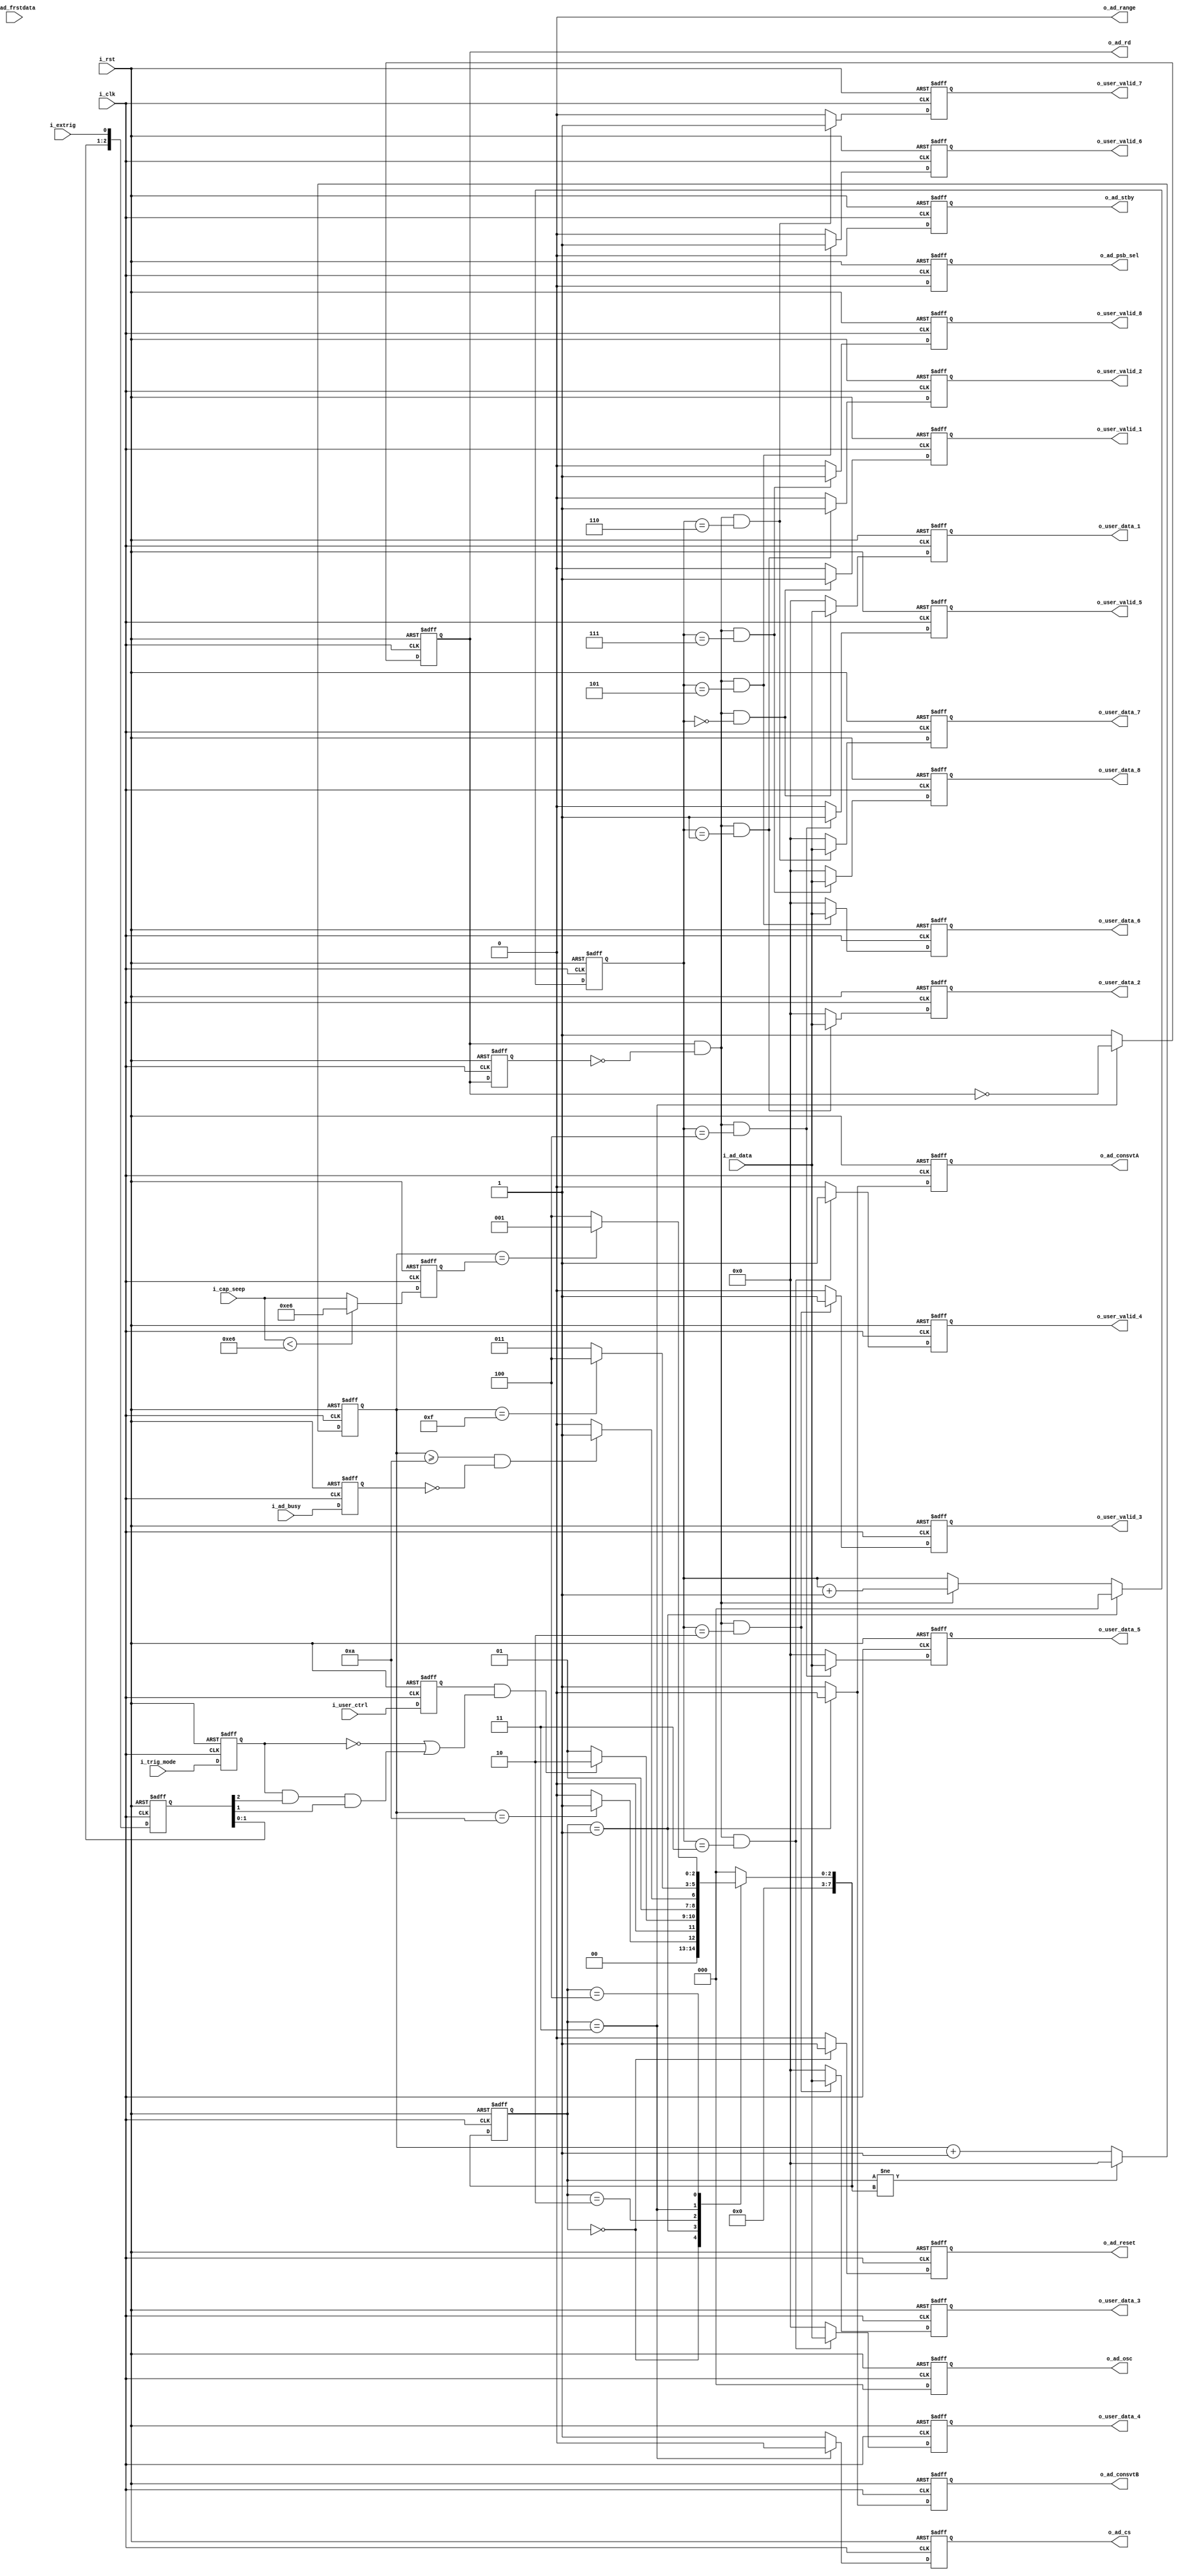
`timescale 1ns / 1ps
//////////////////////////////////////////////////////////////////////////////////
// Company: 
// Engineer: 
// 
// Design Name: 
// Module Name: AD7606_Drive
// Project Name: 
// Target Devices: 
// Tool Versions: 
// Description: 
// 
// Dependencies: 
// 
// Revision:
// Revision 0.01 - File Created
// Additional Comments:
// 
//////////////////////////////////////////////////////////////////////////////////


module AD7606_Drive#(
    parameter       P_RANGE =   0   
)(
    input           i_clk           ,//50MHZ
    input           i_rst           ,

    /*----------------*/
    input           i_extrig        ,
    input           i_trig_mode     ,
    input  [23:0]   i_cap_seep      ,
    input           i_user_ctrl     ,
    output [15:0]   o_user_data_1   ,
    output          o_user_valid_1  ,
    output [15:0]   o_user_data_2   ,
    output          o_user_valid_2  ,
    output [15:0]   o_user_data_3   ,
    output          o_user_valid_3  ,
    output [15:0]   o_user_data_4   ,
    output          o_user_valid_4  ,
    output [15:0]   o_user_data_5   ,
    output          o_user_valid_5  ,
    output [15:0]   o_user_data_6   ,
    output          o_user_valid_6  ,
    output [15:0]   o_user_data_7   ,
    output          o_user_valid_7  ,
    output [15:0]   o_user_data_8   ,
    output          o_user_valid_8  ,

    
    /*--------ADC--------*/
    output          o_ad_psb_sel    ,
    output          o_ad_stby       ,
    output          o_ad_range      ,
    output [2:0]    o_ad_osc        ,
    output          o_ad_reset      ,
    output          o_ad_consvtA    ,
    output          o_ad_consvtB    ,
    output          o_ad_cs         ,
    output          o_ad_rd         ,
    input           i_ad_busy       ,
    input           i_ad_frstdata   ,
    input  [15:0]   i_ad_data       
);

/***************function**************/

/***************parameter*************/
localparam          P_ST_RESET  = 0 ,
                    P_ST_CONSVT = 1 ,
                    P_ST_BUSY   = 2 ,
                    P_ST_READ   = 3 ,
                    P_ST_WAIT   = 4 ;

/***************port******************/             

/***************mechine***************/
reg  [7 :0]         r_st_current    ;
reg  [7 :0]         r_st_next       ;
reg  [15:0]         r_st_cnt        ;

/***************reg*******************/
reg                 ro_ad_psb_sel   ;
reg                 ro_ad_stby      ;
reg  [2:0]          ro_ad_osc       ;
reg                 ro_ad_reset     ;
reg                 ro_ad_consvtA   ;
reg                 ro_ad_consvtB   ;
reg                 ro_ad_cs        ;
reg                 ro_ad_rd        ;
reg                 ri_ad_busy      ;
// reg                 ri_ad_frstdata  ;
// reg  [15:0]         ri_ad_data      ;
reg                 ro_ad_rd_1d     ;
reg  [2 :0]         ro_user_channel ;  
reg                 ri_user_ctrl    ;
reg  [15:0]         ro_user_data_1  ;
reg                 ro_user_valid_1 ;
reg  [15:0]         ro_user_data_2  ;
reg                 ro_user_valid_2 ;
reg  [15:0]         ro_user_data_3  ;
reg                 ro_user_valid_3 ;
reg  [15:0]         ro_user_data_4  ;
reg                 ro_user_valid_4 ;
reg  [15:0]         ro_user_data_5  ;
reg                 ro_user_valid_5 ;
reg  [15:0]         ro_user_data_6  ;
reg                 ro_user_valid_6 ;
reg  [15:0]         ro_user_data_7  ;
reg                 ro_user_valid_7 ;
reg  [15:0]         ro_user_data_8  ;
reg                 ro_user_valid_8 ;
reg  [23:0]         ri_cap_seep     ;
reg  [2 :0]         ri_extrig       ;
reg                 ri_trig_mode    ;
/***************wire******************/

/***************component*************/

/***************assign****************/
assign o_ad_psb_sel     = ro_ad_psb_sel     ;
assign o_ad_stby        = ro_ad_stby        ;
assign o_ad_osc         = ro_ad_osc         ;
assign o_ad_reset       = ro_ad_reset       ;
assign o_ad_consvtA     = ro_ad_consvtA     ;
assign o_ad_consvtB     = ro_ad_consvtB     ;
assign o_ad_cs          = ro_ad_cs          ;
assign o_ad_rd          = ro_ad_rd          ;
assign o_user_data_1    = ro_user_data_1    ;
assign o_user_valid_1   = ro_user_valid_1   ;
assign o_user_data_2    = ro_user_data_2    ;
assign o_user_valid_2   = ro_user_valid_2   ;
assign o_user_data_3    = ro_user_data_3    ;
assign o_user_valid_3   = ro_user_valid_3   ;
assign o_user_data_4    = ro_user_data_4    ;
assign o_user_valid_4   = ro_user_valid_4   ;
assign o_user_data_5    = ro_user_data_5    ;
assign o_user_valid_5   = ro_user_valid_5   ;
assign o_user_data_6    = ro_user_data_6    ;
assign o_user_valid_6   = ro_user_valid_6   ;
assign o_user_data_7    = ro_user_data_7    ;
assign o_user_valid_7   = ro_user_valid_7   ;
assign o_user_data_8    = ro_user_data_8    ;
assign o_user_valid_8   = ro_user_valid_8   ;
assign o_ad_range       = P_RANGE           ;
/***************always****************/   
always@(posedge i_clk,posedge i_rst)
begin
    if(i_rst)
        r_st_current <= P_ST_RESET;
    else    
        r_st_current <= r_st_next;
end

always@(*)
begin
   case(r_st_current)
        P_ST_RESET  : r_st_next = r_st_cnt == 10                ? P_ST_CONSVT   :  P_ST_RESET   ;
        P_ST_CONSVT : r_st_next = ri_user_ctrl &((!ri_trig_mode) || (ri_trig_mode && ri_extrig[2] && ri_extrig[1]) )
                                  ? P_ST_BUSY     : P_ST_CONSVT   ;
        P_ST_BUSY   : r_st_next = r_st_cnt >= 10 & !ri_ad_busy  ? P_ST_READ     : P_ST_BUSY     ;
        P_ST_READ   : r_st_next = r_st_cnt == 15                ? P_ST_WAIT     : P_ST_READ     ;
        P_ST_WAIT   : r_st_next = r_st_cnt == ri_cap_seep       ? P_ST_CONSVT   : P_ST_WAIT     ;
        default     : r_st_next = P_ST_RESET;
   endcase 
end


always@(posedge i_clk,posedge i_rst)
begin
    if(i_rst)
        ri_extrig <= 'd0;
    else
        ri_extrig <= {ri_extrig[2:0],i_extrig};
end

always@(posedge i_clk,posedge i_rst)
begin
    if(i_rst)
        ri_trig_mode <= 'd0;
    else
        ri_trig_mode <= i_trig_mode;
end

always@(posedge i_clk,posedge i_rst)
begin
    if(i_rst)
        ri_cap_seep <= 'd0;
    else if(i_cap_seep < 230)
        ri_cap_seep <= 230;
    else 
        ri_cap_seep <= i_cap_seep;

end

always@(posedge i_clk,posedge i_rst)
begin
    if(i_rst)
        r_st_cnt <= 'd0;
    else if(r_st_current != r_st_next)
        r_st_cnt <= 'd0;
    else
        r_st_cnt <= r_st_cnt + 1;
end

//AD7606
always@(posedge i_clk,posedge i_rst)
begin
    if(i_rst)
        ri_user_ctrl <= 'd0;
    else    
        ri_user_ctrl <= i_user_ctrl;
end

//
always@(posedge i_clk,posedge i_rst)
begin
    if(i_rst)
        ro_ad_psb_sel <= 'd0;
    else    
        ro_ad_psb_sel <= 'd0;
end

//
always@(posedge i_clk,posedge i_rst)
begin
    if(i_rst)
        ro_ad_stby <= 'd0;
    else    
        ro_ad_stby <= 'd0;
end

//AD7606
always@(posedge i_clk,posedge i_rst)
begin
    if(i_rst) begin
        ri_ad_busy     <= 'd0;
    end else begin    
        ri_ad_busy     <= i_ad_busy;
    end
end

//
always@(posedge i_clk,posedge i_rst)
begin
    if(i_rst)
        ro_ad_osc <= 'd0;
    else 
        ro_ad_osc <= 'd0;
end

//
always@(posedge i_clk,posedge i_rst)
begin
    if(i_rst)
        ro_ad_reset <= 'd1;
    else if(r_st_current == P_ST_RESET)
        ro_ad_reset <= 'd1;
    else    
        ro_ad_reset <= 'd0;
end

//1~4 
always@(posedge i_clk,posedge i_rst)
begin
    if(i_rst)
        ro_ad_consvtA <= 'd1;
    else if(r_st_current == P_ST_CONSVT)
        ro_ad_consvtA <= 'd0;
    else    
        ro_ad_consvtA <= 'd1;
end

//5~8 
always@(posedge i_clk,posedge i_rst)
begin
    if(i_rst)
        ro_ad_consvtB <= 'd1;
    else if(r_st_current == P_ST_CONSVT)
        ro_ad_consvtB <= 'd0;
    else    
        ro_ad_consvtB <= 'd1;
end

//
always@(posedge i_clk,posedge i_rst)
begin
    if(i_rst)
        ro_ad_cs <= 'd1;
    else if(r_st_current == P_ST_READ)
        ro_ad_cs <= 'd0; 
    else    
        ro_ad_cs <= 'd1;
end

//
always@(posedge i_clk,posedge i_rst)
begin
    if(i_rst)
        ro_ad_rd <= 'd1;
    else if(r_st_current == P_ST_READ)
        ro_ad_rd <= ~ro_ad_rd; 
    else    
        ro_ad_rd <= 'd1;
end
        
//1
always@(posedge i_clk,posedge i_rst)
begin
    if(i_rst)
        ro_ad_rd_1d <= 'd1;
    else        
        ro_ad_rd_1d <= ro_ad_rd;
end

//
// always@(posedge i_clk,posedge i_rst)
// begin
//     if(i_rst)
//         ri_ad_data     <= 'd0;
//     else if(ro_ad_rd && !ro_ad_rd_1d)
//         ri_ad_data     <= i_ad_data ; 
//     else 
//         ri_ad_data     <= ri_ad_data;
// end

// //
// always@(posedge i_clk,posedge i_rst)
// begin
//     if(i_rst)
//         ri_ad_frstdata <= 'd0;
//     else if(ro_ad_rd && !ro_ad_rd_1d)
//         ri_ad_frstdata <= i_ad_frstdata;
//     else 
//         ri_ad_frstdata <= 'd0;
// end

//
always@(posedge i_clk,posedge i_rst)
begin
    if(i_rst)
        ro_user_channel <= 'd0;
    else if(r_st_current == P_ST_CONSVT)
        ro_user_channel <= 'd0;
    else if(ro_ad_rd && !ro_ad_rd_1d)
        ro_user_channel <= ro_user_channel + 1;
    else 
        ro_user_channel <= ro_user_channel;
end

always@(posedge i_clk,posedge i_rst)
begin
    if(i_rst)
        ro_user_data_1 <= 'd0;
    else if(ro_ad_rd && !ro_ad_rd_1d && ro_user_channel == 0)
        ro_user_data_1 <= i_ad_data;
    else    
        ro_user_data_1 <= 'd0;
end

always@(posedge i_clk,posedge i_rst)
begin
    if(i_rst)
        ro_user_data_2 <= 'd0;
    else if(ro_ad_rd && !ro_ad_rd_1d && ro_user_channel == 1)
        ro_user_data_2 <= i_ad_data;
    else    
        ro_user_data_2 <= 'd0;
end

always@(posedge i_clk,posedge i_rst)
begin
    if(i_rst)
        ro_user_data_3 <= 'd0;
    else if(ro_ad_rd && !ro_ad_rd_1d && ro_user_channel == 2)
        ro_user_data_3 <= i_ad_data;
    else    
        ro_user_data_3 <= 'd0;
end

always@(posedge i_clk,posedge i_rst)
begin
    if(i_rst)
        ro_user_data_4 <= 'd0;
    else if(ro_ad_rd && !ro_ad_rd_1d && ro_user_channel == 3)
        ro_user_data_4 <= i_ad_data;
    else    
        ro_user_data_4 <= 'd0;
end

always@(posedge i_clk,posedge i_rst)
begin
    if(i_rst)
        ro_user_data_5 <= 'd0;
    else if(ro_ad_rd && !ro_ad_rd_1d && ro_user_channel == 4)
        ro_user_data_5 <= i_ad_data;
    else    
        ro_user_data_5 <= 'd0;
end

always@(posedge i_clk,posedge i_rst)
begin
    if(i_rst)
        ro_user_data_6 <= 'd0;
    else if(ro_ad_rd && !ro_ad_rd_1d && ro_user_channel == 5)
        ro_user_data_6 <= i_ad_data;
    else    
        ro_user_data_6 <= 'd0;
end

always@(posedge i_clk,posedge i_rst)
begin
    if(i_rst)
        ro_user_data_7 <= 'd0;
    else if(ro_ad_rd && !ro_ad_rd_1d && ro_user_channel == 6)
        ro_user_data_7 <= i_ad_data;
    else    
        ro_user_data_7 <= 'd0;
end

always@(posedge i_clk,posedge i_rst)
begin
    if(i_rst)
        ro_user_data_8 <= 'd0;
    else if(ro_ad_rd && !ro_ad_rd_1d && ro_user_channel == 7)
        ro_user_data_8 <= i_ad_data;
    else    
        ro_user_data_8 <= 'd0;
end

always@(posedge i_clk,posedge i_rst)
begin
    if(i_rst)
        ro_user_valid_1 <= 'd0;
    else if(ro_ad_rd && !ro_ad_rd_1d && ro_user_channel == 0)
        ro_user_valid_1 <= 'd1;
    else    
        ro_user_valid_1 <= 'd0;
end

always@(posedge i_clk,posedge i_rst)
begin
    if(i_rst)
        ro_user_valid_2 <= 'd0;
    else if(ro_ad_rd && !ro_ad_rd_1d && ro_user_channel == 1)
        ro_user_valid_2 <= 'd1;
    else    
        ro_user_valid_2 <= 'd0;
end

always@(posedge i_clk,posedge i_rst)
begin
    if(i_rst)
        ro_user_valid_3 <= 'd0;
    else if(ro_ad_rd && !ro_ad_rd_1d && ro_user_channel == 2)
        ro_user_valid_3 <= 'd1;
    else    
        ro_user_valid_3 <= 'd0;
end

always@(posedge i_clk,posedge i_rst)
begin
    if(i_rst)
        ro_user_valid_4 <= 'd0;
    else if(ro_ad_rd && !ro_ad_rd_1d && ro_user_channel == 3)
        ro_user_valid_4 <= 'd1;
    else    
        ro_user_valid_4 <= 'd0;
end

always@(posedge i_clk,posedge i_rst)
begin
    if(i_rst)
        ro_user_valid_5 <= 'd0;
    else if(ro_ad_rd && !ro_ad_rd_1d && ro_user_channel == 4)
        ro_user_valid_5 <= 'd1;
    else    
        ro_user_valid_5 <= 'd0;
end

always@(posedge i_clk,posedge i_rst)
begin
    if(i_rst)
        ro_user_valid_6 <= 'd0;
    else if(ro_ad_rd && !ro_ad_rd_1d && ro_user_channel == 5)
        ro_user_valid_6 <= 'd1;
    else    
        ro_user_valid_6 <= 'd0;
end

always@(posedge i_clk,posedge i_rst)
begin
    if(i_rst)
        ro_user_valid_7 <= 'd0;
    else if(ro_ad_rd && !ro_ad_rd_1d && ro_user_channel == 6)
        ro_user_valid_7 <= 'd1;
    else    
        ro_user_valid_7 <= 'd0;
end

always@(posedge i_clk,posedge i_rst)
begin
    if(i_rst)
        ro_user_valid_8 <= 'd0;
    else if(ro_ad_rd && !ro_ad_rd_1d && ro_user_channel == 7)
        ro_user_valid_8 <= 'd1;
    else    
        ro_user_valid_8 <= 'd0;
end

endmodule